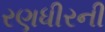
રણધીરની